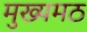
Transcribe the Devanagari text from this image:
मुख्यमठ